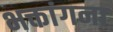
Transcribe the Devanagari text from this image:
भक्तांगना